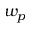
w _ { p }